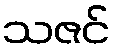
သဇင်